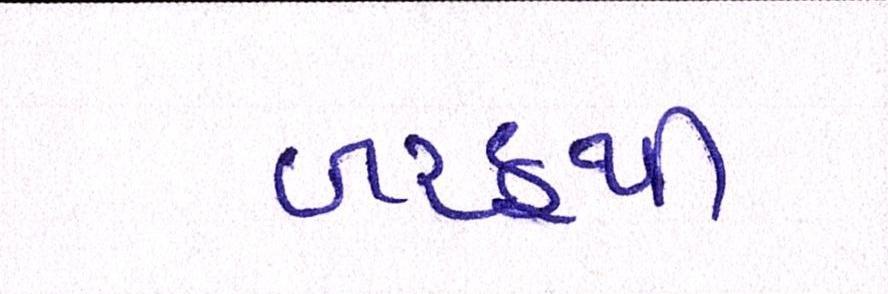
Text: બરફથી